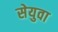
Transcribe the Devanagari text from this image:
सेयुवा